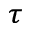
_ \tau